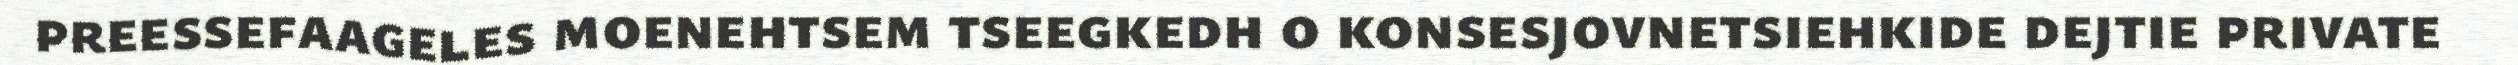
preessefaageles moenehtsem tseegkedh o konsesjovnetsiehkide dejtie private